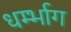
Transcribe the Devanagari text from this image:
धर्म्भाग